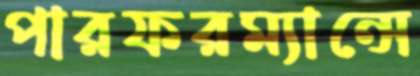
পারফরম্যান্সে